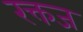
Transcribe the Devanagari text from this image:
रक्तज